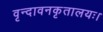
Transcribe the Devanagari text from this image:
वृन्दावनकृतालयः।